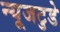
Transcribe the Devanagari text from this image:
न्यूजटुडे